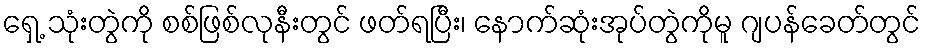
ရှေ့ သုံးတွဲကို စစ်ဖြစ်လုနီးတွင် ဖတ်ရပြီး၊ နောက်ဆုံးအုပ်တွဲကိုမူ ဂျပန်ခေတ်တွင်